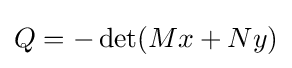
Q=-\det(Mx+Ny)